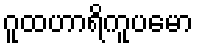
ဂူထဟာရိကူပမော